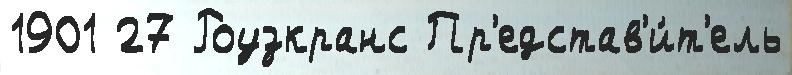
1901 27 Роузкранс Пр'едстав'и́т'ель